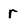
Character: r